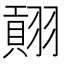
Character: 𱻡